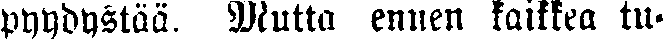
pyydystää. Mutta ennen kaikkea tu-